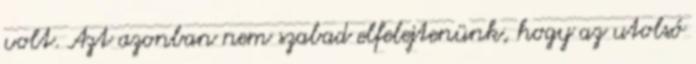
volt. Azt azonban nem szabad elfelejtenünk, hogy az utolsó